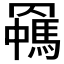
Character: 𦌯